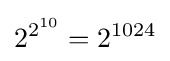
2^{2^{10}}=2^{1024}